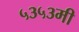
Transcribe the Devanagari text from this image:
५३५३मी